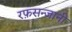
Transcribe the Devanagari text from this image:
रफ़सन्जानी